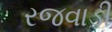
રજવાડી